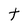
Character: t